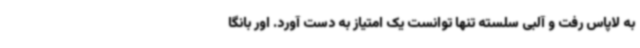
به لاپاس رفت و آلبی سلسته تنها توانست یک امتیاز به دست آورد. اور بانگا